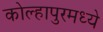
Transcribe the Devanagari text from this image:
कोल्हापुरमध्ये